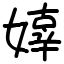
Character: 嫴